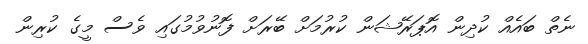
ނެތް ބައެއް ކުދިން އޮޕަރޭޝަން ކުރުމަށް ބޭރަށް ފޮނުވުމުގައި ވެސް މީގެ ކުރިން